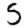
Digit: 5